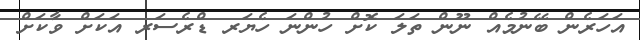
އަހަރެން ބޭނުމެއް ނޫން ތަލަ ކޮށް ހުންނަ ހެޔަރ ޑްރެސަރ އަކަށް ވާކަށް